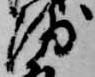
浦